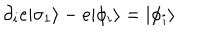
LaTeX: \partial _ { i } e | \sigma _ { 1 } \rangle - e | \phi _ { i } \rangle = | \phi _ { i } \rangle \,